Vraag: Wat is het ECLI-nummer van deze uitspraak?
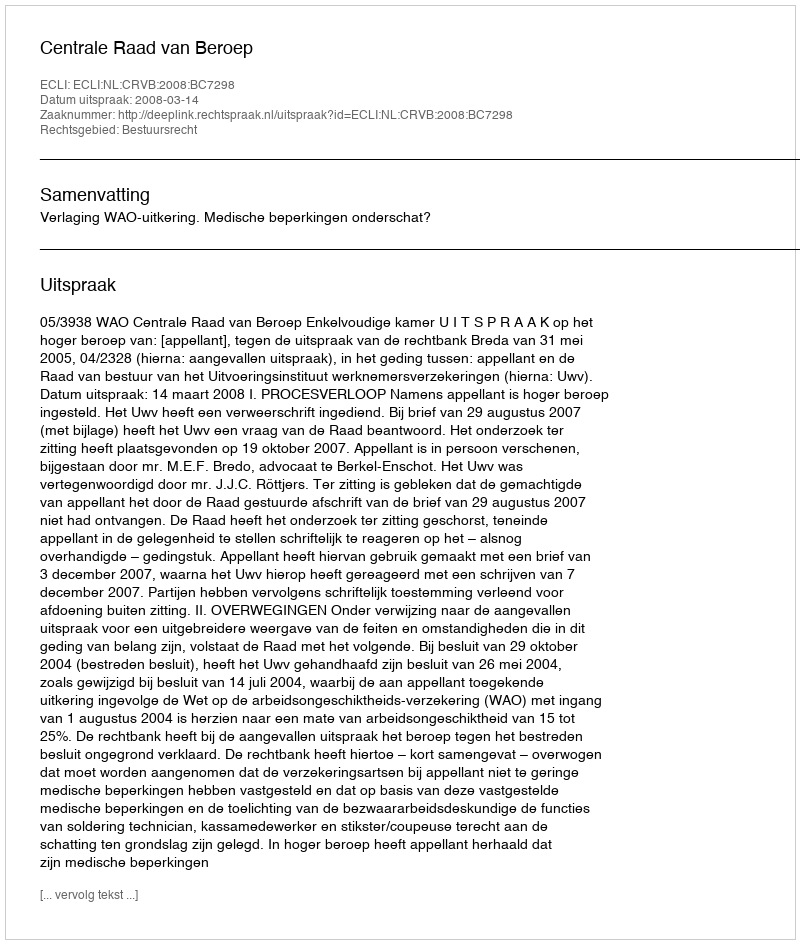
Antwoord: ECLI:NL:CRVB:2008:BC7298